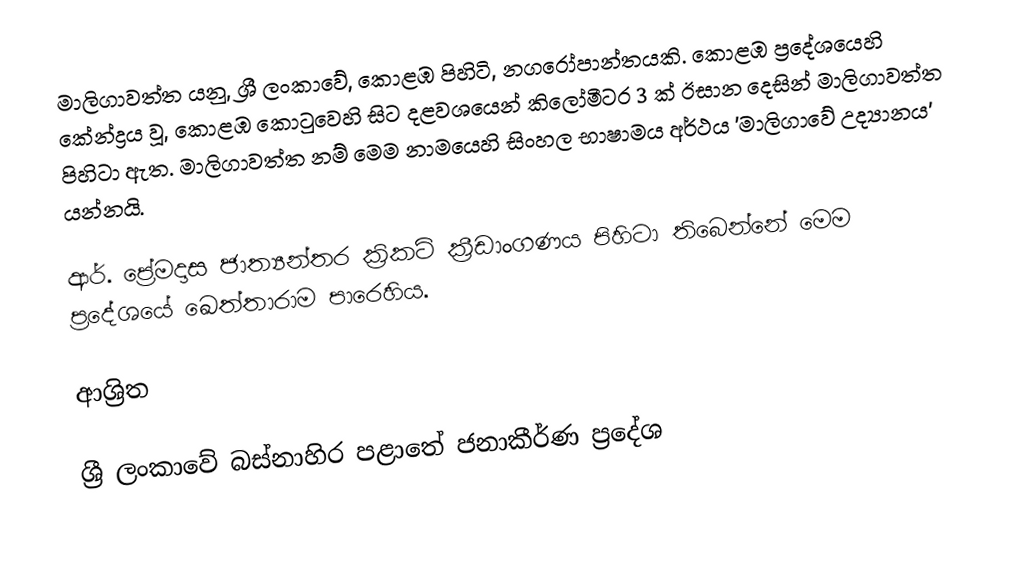
මාලිගාවත්ත යනු,  ශ්‍රී ලංකාවේ, කොළඹ පිහිටි, නගරෝපාන්තයකි. කොළඹ ප්‍රදේශයෙහි කේන්ද්‍රය වූ, කොළඹ කොටුවෙහි සිට  දළවශයෙන් කිලෝමීටර 3 ක් ඊසාන දෙසින් මාලිගාවත්ත පිහිටා ඇත. මාලිගාවත්ත නම් මෙම නාමයෙහි   සිංහල භාෂාමය අර්ථය 'මාලිගාවේ උද්‍යානය' යන්නයි.

ආර්. ප්‍රේමදාස ජාත්‍යන්තර ක්‍රිකට් ක්‍රීඩාංගණය පිහිටා තිබෙන්නේ මෙම ප්‍රදේශයේ ඛෙත්තාරාම පාරෙහිය.

ආශ්‍රිත

ශ්‍රී ලංකාවේ බස්නාහිර පළාතේ ජනාකීර්ණ ප්‍රදේශ